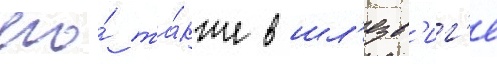
его́ та́кже в шл'езв'иг'е